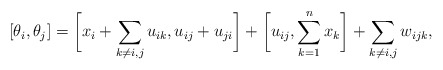
\begin{gather*} [\theta_i,\theta_j]= \biggl[ x_i+ \sum_{k \not= i,j} u_{ik}, u_{ij}+u_{ji}\biggr] +\biggl[u_{ij},\sum_{k=1}^{n} x_k \biggr]+ \sum_{k \not= i,j} w_{ijk},\end{gather*}